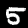
Label: 5